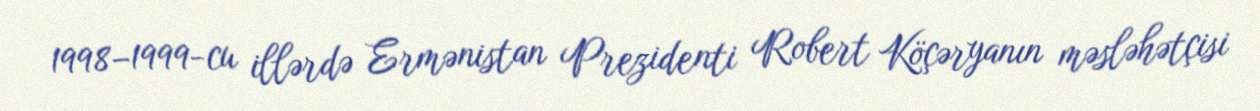
1998–1999-cu illərdə Ermənistan Prezidenti Robert Köçəryanın məsləhətçisi